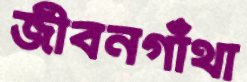
জীবনগাঁথা